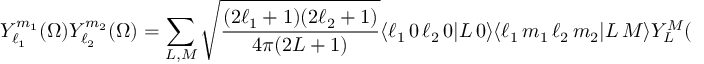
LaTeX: Y _ { \ell _ { 1 } } ^ { m _ { 1 } } ( \Omega ) Y _ { \ell _ { 2 } } ^ { m _ { 2 } } ( \Omega ) = \sum _ { L , M } { \sqrt { \frac { ( 2 \ell _ { 1 } + 1 ) ( 2 \ell _ { 2 } + 1 ) } { 4 \pi ( 2 L + 1 ) } } } \langle \ell _ { 1 } \, 0 \, \ell _ { 2 } \, 0 | L \, 0 \rangle \langle \ell _ { 1 } \, m _ { 1 } \, \ell _ { 2 } \, m _ { 2 } | L \, M \rangle Y _ { L } ^ { M } ( \Omega )